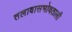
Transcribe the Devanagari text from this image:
तलावासभोवताली